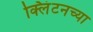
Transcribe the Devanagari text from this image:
क्लिंटनच्या